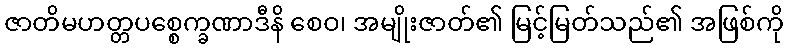
ဇာတိမဟတ္တပစ္စေက္ခဏာဒီနိ စေဝ၊ အမျိုးဇာတ်၏ မြင့်မြတ်သည်၏ အဖြစ်ကို